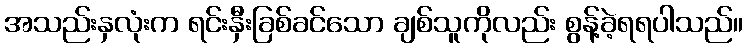
အသည်းနှလုံးက ရင်းနှီးခြစ်ခင်သော ချစ်သူကိုလည်း စွန့်ခဲ့ရရပါသည်။